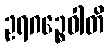
ဥရဂဉ္စေဝါတိ